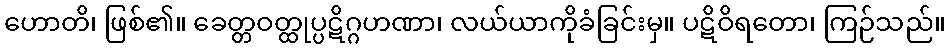
ဟောတိ၊ ဖြစ်၏။ ခေတ္တဝတ္ထုပ္ပဋိဂ္ဂဟဏာ၊ လယ်ယာကိုခံခြင်းမှ။ ပဋိဝိရတော၊ ကြဉ်သည်။